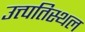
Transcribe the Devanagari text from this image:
उत्त्पतिस्थल